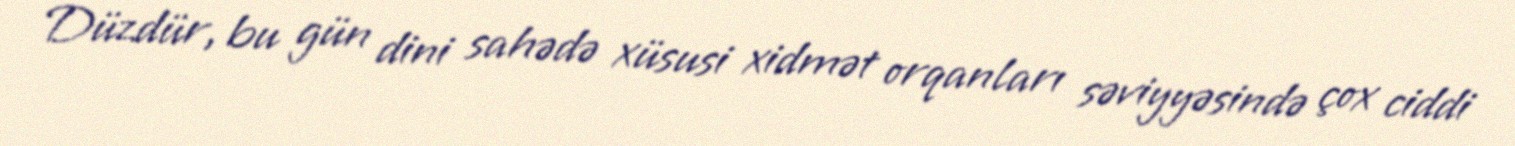
Düzdür, bu gün dini sahədə xüsusi xidmət orqanları səviyyəsində çox ciddi